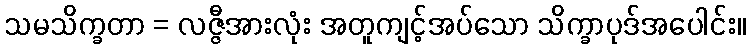
သမသိက္ခတာ = လဇ္ဇီအားလုံး အတူကျင့်အပ်သော သိက္ခာပုဒ်အပေါင်း။